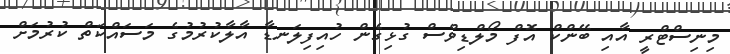
މިނިސްޓްރީ އާއި ބޭންކް އޮފް މޯލްޑިވްސް ގުޅިގެން ހުއިފިލަނޑާ އާލާކުރުމުގެ މަސައްކަތް ކުރުމަށް